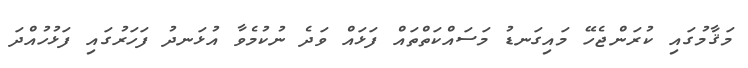
މަޤާމުގައި ކުރަންޖެހޭ މައިގަނޑު މަސައްކަތްތައް ފަޅައް ވަދެ ނުކުމެވާ އުޅަނދު ފަހަރުގައި ފަޅުހުއްދަ